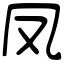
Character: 凤